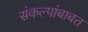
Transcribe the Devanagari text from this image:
संकल्पांबाबत